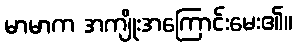
မာမာက အကျိုးအကြောင်းမေး၏။